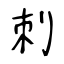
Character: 刺